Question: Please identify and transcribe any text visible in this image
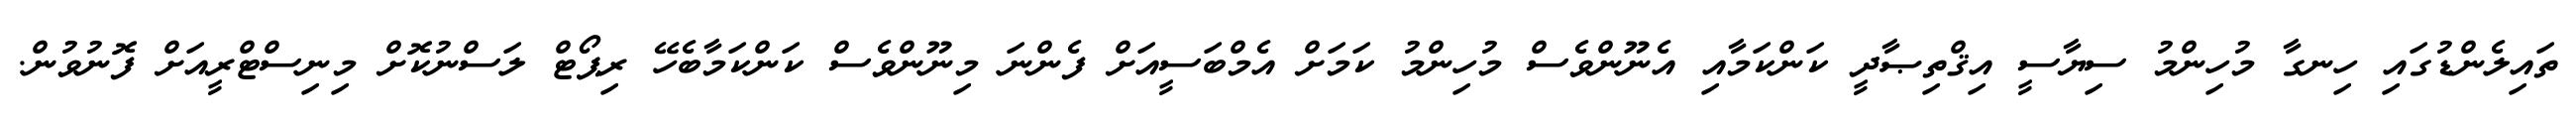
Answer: ތައިލެންޑުގައި ހިނގާ މުހިންމު ސިޔާސީ އިޤްތިޞާދީ ކަންކަމާއި އެނޫންވެސް މުހިންމު ކަމަށް އެމްބަސީއަށް ފެންނަ މިނޫންވެސް ކަންކަމާބެހޭ ރިޕޯޓް ލަސްނުކޮށް މިނިސްޓްރީއަށް ފޮނުވުން.